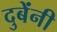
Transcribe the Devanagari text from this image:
दुबेंनी